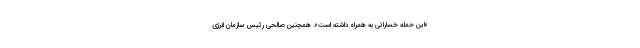
«این حمله خساراتی به همراه داشته است». همچنین صالحی رئیس سازمان انرژی